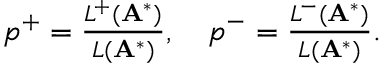
\begin{array} { r } { p ^ { + } = \frac { L ^ { + } ( \mathbf { A } ^ { * } ) } { L ( \mathbf { A } ^ { * } ) } , \quad p ^ { - } = \frac { L ^ { - } ( \mathbf { A } ^ { * } ) } { L ( \mathbf { A } ^ { * } ) } . } \end{array}